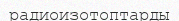
радиоизотоптарды